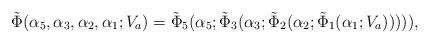
LaTeX: \begin{align*}\tilde{\Phi}(\alpha_5,\alpha_3,\alpha_2,\alpha_1;V_a)=\tilde{\Phi}_5(\alpha_5;\tilde{\Phi}_3(\alpha_3;\tilde{\Phi}_2(\alpha_2;\tilde{\Phi}_1(\alpha_1;V_a))))),\end{align*}